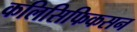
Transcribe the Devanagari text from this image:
कलिसिफिकसन